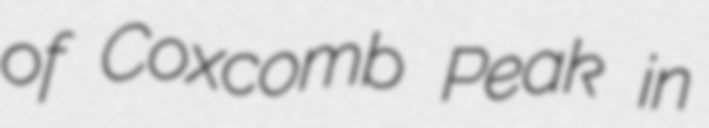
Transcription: of Coxcomb Peak in